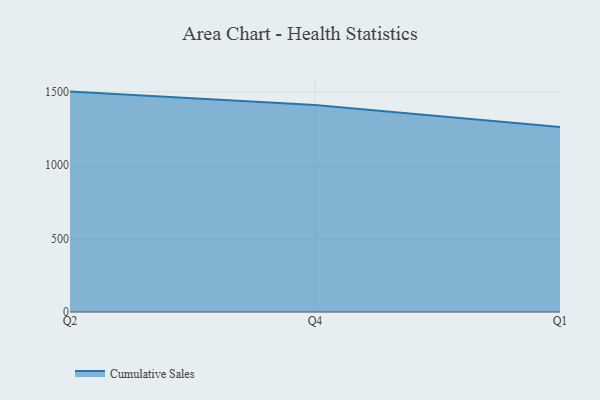
{"axis": {"x": "Quarter", "y": "Shipments"}, "legend": ["Cumulative Sales"], "data": [{"x": "Q2", "y": 1501.4, "type": "Cumulative Sales"}, {"x": "Q4", "y": 1410.6, "type": "Cumulative Sales"}, {"x": "Q1", "y": 1260.2, "type": "Cumulative Sales"}]}